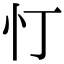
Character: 忊